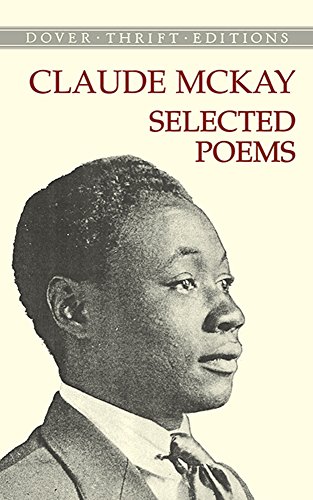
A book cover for Selected Poems (Dover Thrift Editions); Claude McKay; Literature & Fiction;